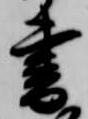
書